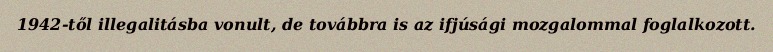
1942-től illegalitásba vonult, de továbbra is az ifjúsági mozgalommal foglalkozott.